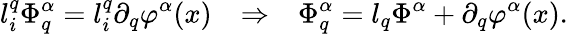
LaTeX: l_{i}^{q}\Phi_{q}^{\alpha}=l_{i}^{q}\partial_{q}\varphi^{\alpha}(x)~~~\Rightarrow~~~\Phi_{q}^{\alpha}=l_{q}\Phi^{\alpha}+\partial_{q}\varphi^{\alpha}(x).